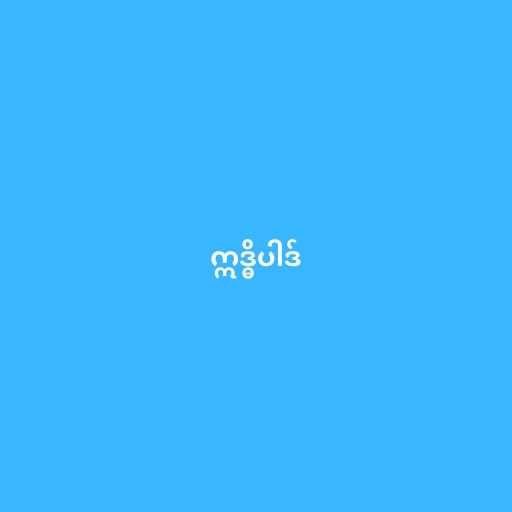
ဣဒ္ဓိပါဒ်